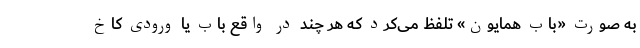
به صورت «بابِ همایون» تلفظ می‌کرد که هر چند در واقع باب یا ورودی کاخ